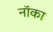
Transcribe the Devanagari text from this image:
नॉका